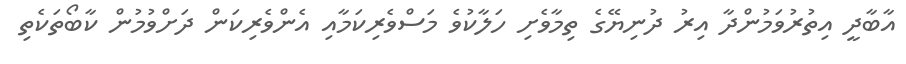
އާބާދީ އިތުރުވަމުންދާ އިރު ދުނިޔޭގެ ތިމާވެށި ހަލާކުވެ މަސްވެރިކަމާއި އެންވެރިކަން ދަށްވުމުން ކާބޯތަކެތި